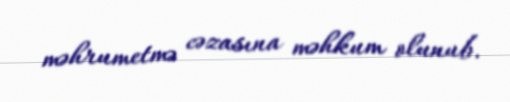
məhrumetmə cəzasına məhkum olunub.